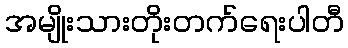
အမျိုးသားတိုးတက်ရေးပါတီ